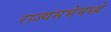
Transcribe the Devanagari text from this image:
राज्यसभेमध्ये